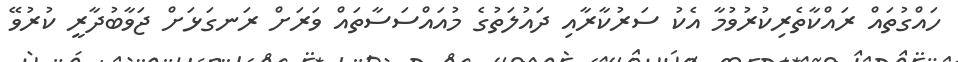
ހައްގުތައް ރައްކާތެރިކުރުވުމާ އެކު ސަރުކާރާއި ދައުލަތުގެ މުއައްސަސާތައް ވަރަށް ރަނގަޅަށް ޖަވާބުދާރީ ކުރުވޭ